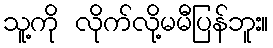
သူ့ကို လိုက်လို့မမီပြန်ဘူး။